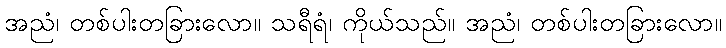
အညံ၊ တစ်ပါးတခြားလော။ သရီရံ၊ ကိုယ်သည်။ အညံ၊ တစ်ပါးတခြားလော။